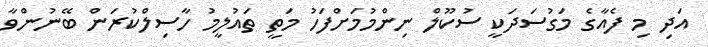
އަދި މި ފެއާގެ މަގުސަދަކީ ސުކޫލް ނިންމުމަށްފަހު މަތީ ތައުލީމު ހާސިލްކުރަން ބޭނުންވާ